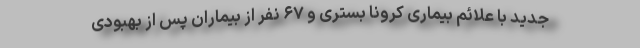
جدید با علائم بیماری کرونا بستری و ۶۷ نفر از بیماران پس از بهبودی